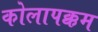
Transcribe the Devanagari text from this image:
कोलापक्कम